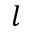
l